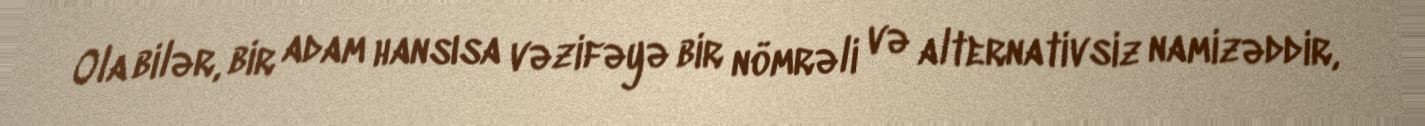
Ola bilər, bir adam hansısa vəzifəyə bir nömrəli və alternativsiz namizəddir,